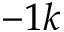
- 1 k